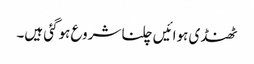
ٹھنڈی ہوائیں چلنا شروع ہوگئی ہیں۔